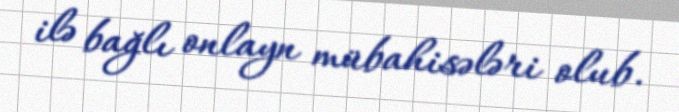
ilə bağlı onlayn mübahisələri olub.